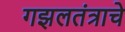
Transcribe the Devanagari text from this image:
गझलतंत्राचे